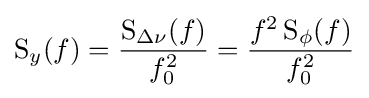
\operatorname {S} _{y}(f)={\frac {\operatorname {S} _{\Delta \nu }(f)}{f_{0}^{2}}}={\frac {f^{2}\operatorname {S} _{\phi }(f)}{f_{0}^{2}}}